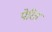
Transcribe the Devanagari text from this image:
पेरित